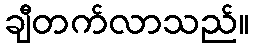
ချီတက်လာသည်။